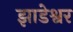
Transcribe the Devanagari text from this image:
झाडेश्वर